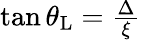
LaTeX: \begin{array}{r}{\tan\theta_{\mathrm{L}}=\frac{\Delta}{\xi}}\end{array}